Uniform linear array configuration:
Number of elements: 48
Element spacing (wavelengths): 1
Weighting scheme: binomial
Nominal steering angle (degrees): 15
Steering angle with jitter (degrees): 13.661
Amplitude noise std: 0.05
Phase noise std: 0.05

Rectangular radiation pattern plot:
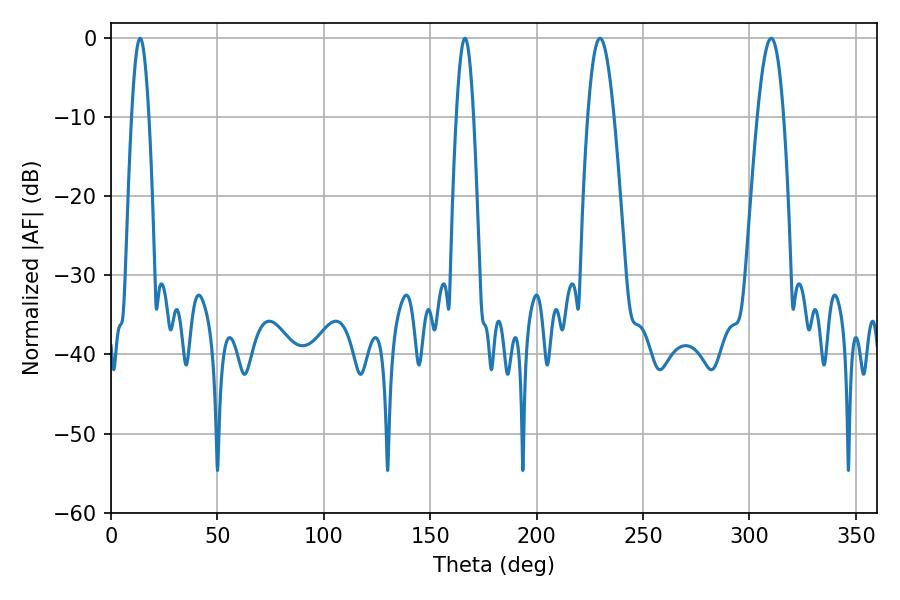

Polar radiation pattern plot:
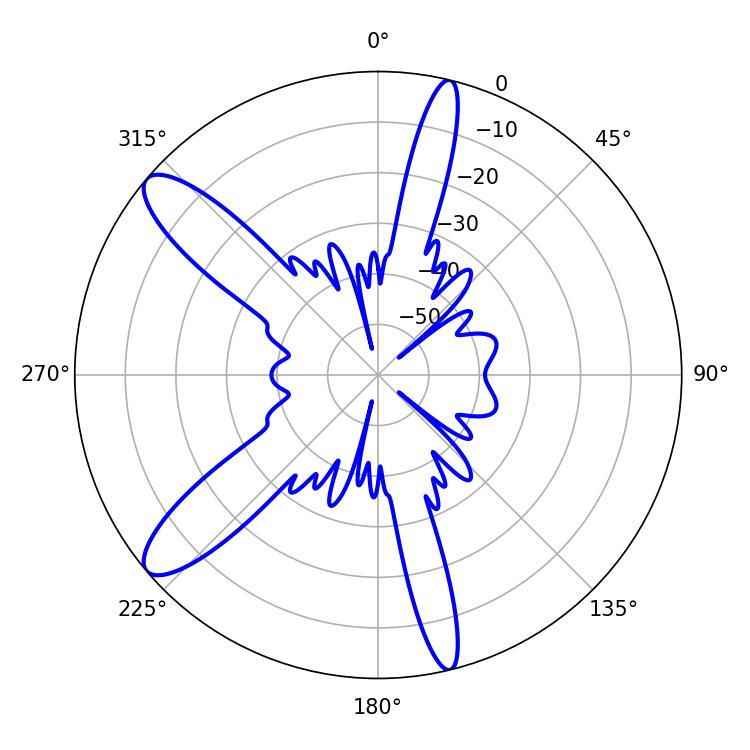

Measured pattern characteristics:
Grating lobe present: TRUE
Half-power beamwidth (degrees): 4.32
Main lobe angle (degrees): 13.68